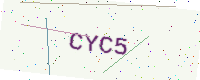
Text: CYC5